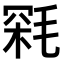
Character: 𣮥